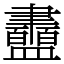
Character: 䀌